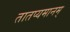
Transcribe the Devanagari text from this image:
तातप्यमानम्